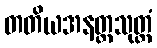
တတိယအနတ္တသုတ္တံ